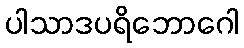
ပါသာဒပရိဘောဂေါ